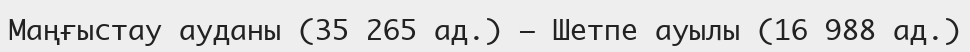
Маңғыстау ауданы (35 265 ад.) — Шетпе ауылы (16 988 ад.)